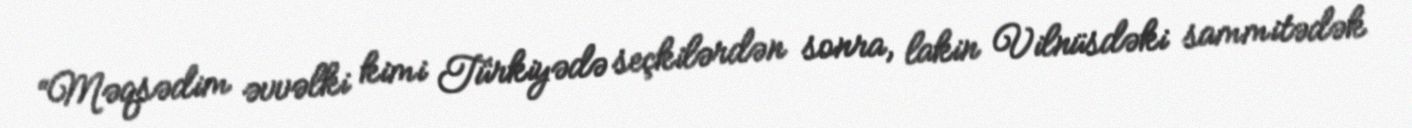
“Məqsədim əvvəlki kimi Türkiyədə seçkilərdən sonra, lakin Vilnüsdəki sammitədək